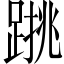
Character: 𨃑